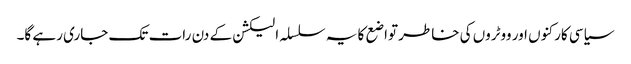
سیاسی کارکنوں اور ووٹروں کی خاطر تواضع کا یہ سلسلہ الیکشن کے دن رات تک جاری رہے گا۔